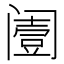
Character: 𨸌